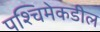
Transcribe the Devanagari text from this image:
पश्‍चिमेकडील